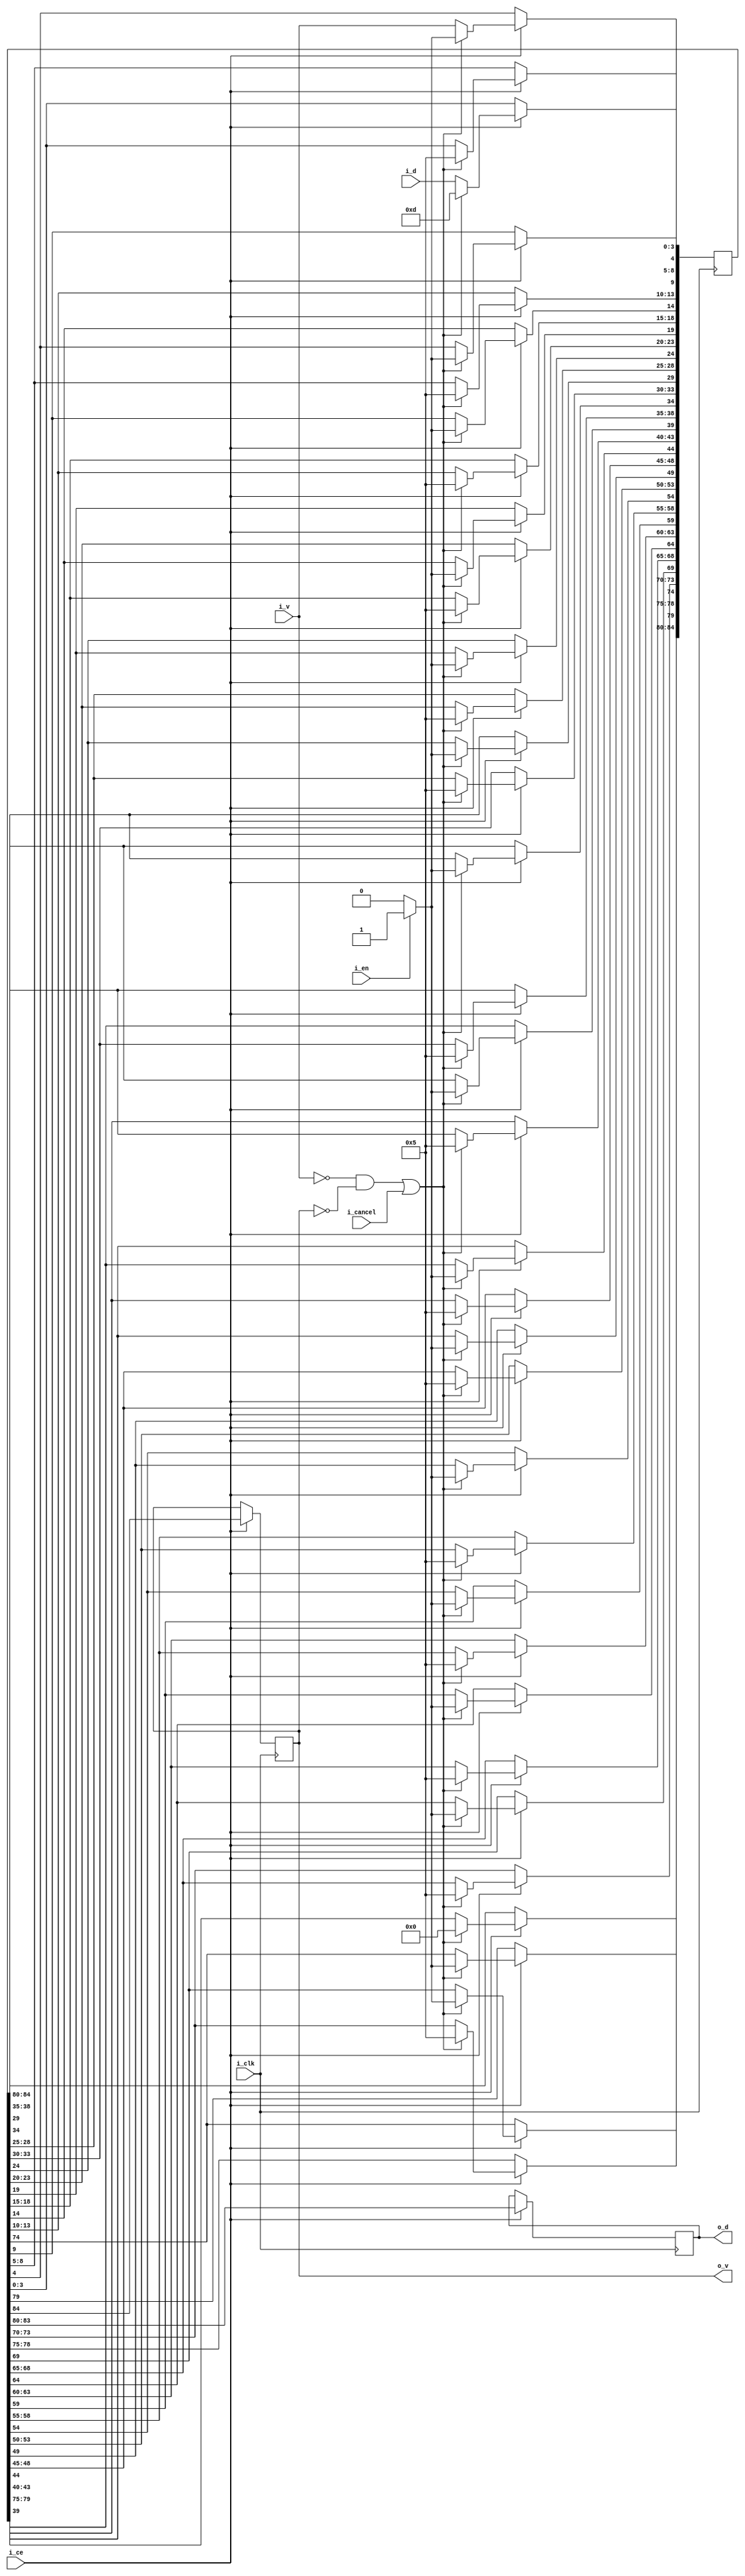
////////////////////////////////////////////////////////////////////////////////
//
//
// Project:	OpenArty, an entirely open SoC based upon the Arty platform
//
// Purpose:	To add the ethernet preamble to a stream of values (i.e., to
//		an ethernet packet ...)
//
// Creator:	Dan Gisselquist, Ph.D.
//		Gisselquist Technology, LLC
//
////////////////////////////////////////////////////////////////////////////////
//
// Copyright (C) 2015-2020, Gisselquist Technology, LLC
//
// This program is free software (firmware): you can redistribute it and/or
// modify it under the terms of  the GNU General Public License as published
// by the Free Software Foundation, either version 3 of the License, or (at
// your option) any later version.
//
// This program is distributed in the hope that it will be useful, but WITHOUT
// ANY WARRANTY; without even the implied warranty of MERCHANTIBILITY or
// FITNESS FOR A PARTICULAR PURPOSE.  See the GNU General Public License
// for more details.
//
// You should have received a copy of the GNU General Public License along
// with this program.  (It's in the $(ROOT)/doc directory, run make with no
// target there if the PDF file isn't present.)  If not, see
// <http://www.gnu.org/licenses/> for a copy.
//
// License:	GPL, v3, as defined and found on www.gnu.org,
//		http://www.gnu.org/licenses/gpl.html
//
//
////////////////////////////////////////////////////////////////////////////////
//
//
module addepreamble(i_clk, i_ce, i_en, i_cancel, i_v, i_d, o_v, o_d);
	input	wire		i_clk, i_ce, i_en, i_cancel;
	input	wire		i_v;	// Valid
	input	wire	[3:0]	i_d;	// Data nibble
	output	wire		o_v;
	output	wire	[3:0]	o_d;

	reg	[84:0]	shiftreg;
	reg		r_v;
	reg	[3:0]	r_d;

	initial	r_v = 1'b0;
	always @(posedge i_clk)
	if (i_ce)
	begin
		shiftreg <= { shiftreg[79:0], { i_v, i_d }};
		r_v <= shiftreg[84];
		r_d <= shiftreg[83:80];
		if (((!i_v)&&(!o_v))||(i_cancel))
		begin
			shiftreg <= { 5'h00, 5'h15, 5'h15, 5'h15, 5'h15,
				5'h15, 5'h15, 5'h15, 5'h15,
				5'h15, 5'h15, 5'h15, 5'h15,
				5'h15, 5'h15, 5'h15, 5'h1d };
			if (!i_en)
			begin
				shiftreg[ 4] <= 1'b0;
				shiftreg[ 9] <= 1'b0;
				shiftreg[14] <= 1'b0;
				shiftreg[19] <= 1'b0;
				shiftreg[24] <= 1'b0;
				shiftreg[29] <= 1'b0;
				shiftreg[34] <= 1'b0;
				shiftreg[39] <= 1'b0;
				shiftreg[44] <= 1'b0;
				shiftreg[49] <= 1'b0;
				shiftreg[54] <= 1'b0;
				shiftreg[59] <= 1'b0;
				shiftreg[64] <= 1'b0;
				shiftreg[69] <= 1'b0;
				shiftreg[74] <= 1'b0;
				shiftreg[79] <= 1'b0;
			end
		end
	end

	assign	o_v = r_v;
	assign	o_d = r_d;

endmodule